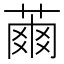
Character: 𦹚